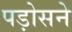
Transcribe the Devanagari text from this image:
पड़ोसने